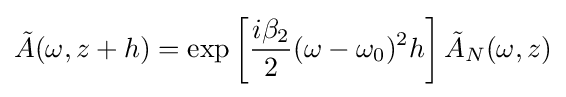
{\tilde {A}}(\omega ,z+h)=\exp \left[{i\beta _{2} \over 2}(\omega -\omega _{0})^{2}h\right]{\tilde {A}}_{N}(\omega ,z)